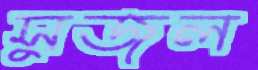
সুজল